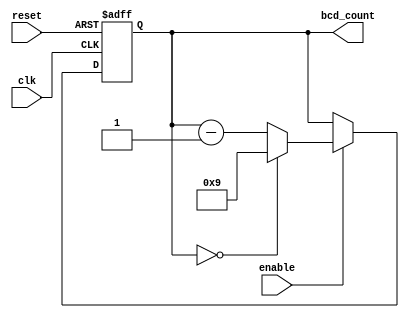
module BCD_Down_Counter_with_Enable (
    input wire clk,
    input wire reset,
    input wire enable,
    output reg [3:0] bcd_count
);

always @(posedge clk or posedge reset) begin
    if (reset) begin
        bcd_count <= 4'b0000; // Reset the counter to zero
    end else begin
        if (enable) begin
            if (bcd_count == 4'b0000) begin
                bcd_count <= 4'b1001; // Load 9 into counter if it reaches zero
            end else begin
                bcd_count <= bcd_count - 1; // Decrement counter by 1 each clock cycle
            end
        end
    end
end

endmodule